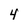
Character: 4